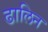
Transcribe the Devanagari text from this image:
ढालिन